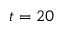
t = 2 0